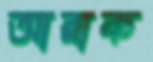
আরাক